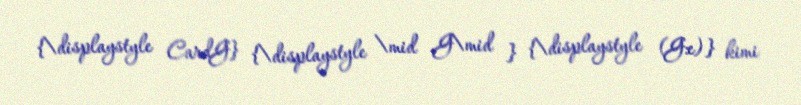
{\displaystyle CardG} {\displaystyle \mid G\mid } {\displaystyle (G:e)} kimi